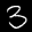
Label: 3